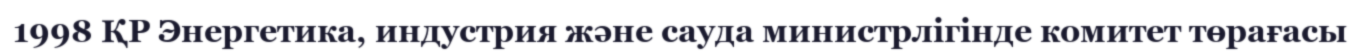
1998 ҚР Энергетика, индустрия және сауда министрлігінде комитет төрағасы